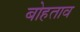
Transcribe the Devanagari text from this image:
बोहताव